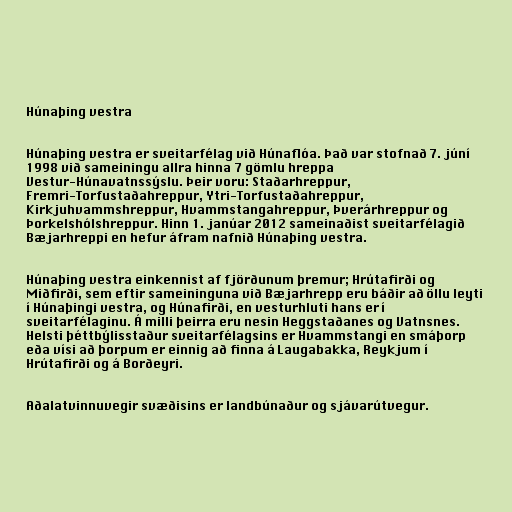
Húnaþing vestra

Húnaþing vestra er sveitarfélag við Húnaflóa. Það var stofnað 7. júní
1998 við sameiningu allra hinna 7 gömlu hreppa
Vestur-Húnavatnssýslu. Þeir voru: Staðarhreppur,
Fremri-Torfustaðahreppur, Ytri-Torfustaðahreppur,
Kirkjuhvammshreppur, Hvammstangahreppur, Þverárhreppur og
Þorkelshólshreppur. Hinn 1. janúar 2012 sameinaðist sveitarfélagið
Bæjarhreppi en hefur áfram nafnið Húnaþing vestra.

Húnaþing vestra einkennist af fjörðunum þremur; Hrútafirði og
Miðfirði, sem eftir sameininguna við Bæjarhrepp eru báðir að öllu leyti
í Húnaþingi vestra, og Húnafirði, en vesturhluti hans er í
sveitarfélaginu. Á milli þeirra eru nesin Heggstaðanes og Vatnsnes.
Helsti þéttbýlisstaður sveitarfélagsins er Hvammstangi en smáþorp
eða vísi að þorpum er einnig að finna á Laugabakka, Reykjum í
Hrútafirði og á Borðeyri.

Aðalatvinnuvegir svæðisins er landbúnaður og sjávarútvegur.